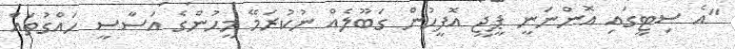
"އެ ސިޓީގައި އޮންނަނީ ޕީޖީ އޮފީހުން ގަބޫލެއް ނުކުރަމޭ މީހުންގެ އަސާސީ ހައްގުތައް